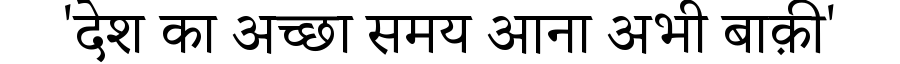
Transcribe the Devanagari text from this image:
'देश का अच्छा समय आना अभी बाक़ी'